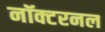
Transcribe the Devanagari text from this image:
नॉक्टरनल